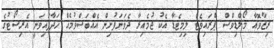
ރިޒާވޮއާ މޯލްޑިވްސް ޕްރައިވެޓް ލިމިޓެޑާ އެކު ޖުމެއިރާ ދެވަނަފުށިން އެއްބަސްވުމެއް ހަދާފައިވަނީ އެރިސޯޓުގެ